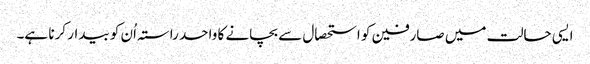
ایسی حالت میں صارفین کو استحصال سے بچانے کا واحد راستہ اُن کو بیدار کرنا ہے۔